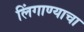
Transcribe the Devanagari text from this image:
लिंगाण्याचा